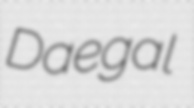
Daegal